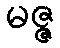
မဇ္ဇ